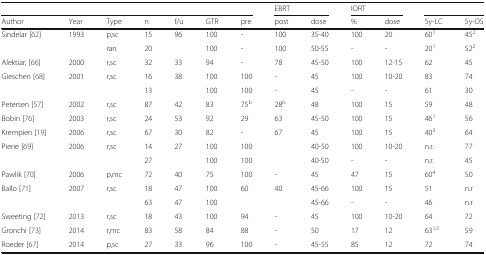
<table><thead><tr><td colspan="7"></td><td colspan="2"><b>EBRT</b></td><td colspan="2"><b>IORT</b></td><td colspan="2"></td></tr><tr><td><b>Author</b></td><td><b>Year</b></td><td><b>Type</b></td><td><b>n</b></td><td><b>f/u</b></td><td><b>GTR</b></td><td><b>pre</b></td><td><b>post</b></td><td><b>dose</b></td><td><b>%</b></td><td><b>dose</b></td><td><b>5y-LC</b></td><td><b>5y-OS</b></td></tr></thead><tbody><tr><td>Sindelar [62]</td><td>1993</td><td>p,sc</td><td>15</td><td rowspan="2">96</td><td>100</td><td>-</td><td>100</td><td>35-40</td><td>100</td><td>20</td><td>60<sup>1</sup></td><td>45<sup>2</sup></td></tr><tr><td></td><td></td><td>ran</td><td>20</td><td>100</td><td>-</td><td>100</td><td>50-55</td><td>-</td><td>-</td><td>20<sup>1</sup></td><td>52<sup>2</sup></td></tr><tr><td>Alektiar, [66]</td><td>2000</td><td>r,sc</td><td>32</td><td>33</td><td>94</td><td>-</td><td>78</td><td>45-50</td><td>100</td><td>12-15</td><td>62</td><td>45</td></tr><tr><td>Gieschen [68]</td><td>2001</td><td>r,sc</td><td>16</td><td rowspan="2">38</td><td>100</td><td>100</td><td>-</td><td>45</td><td>100</td><td>10-20</td><td>83</td><td>74</td></tr><tr><td></td><td></td><td></td><td>13</td><td>100</td><td>100</td><td>-</td><td>45</td><td>-</td><td>-</td><td>61</td><td>30</td></tr><tr><td>Petersen [57]</td><td>2002</td><td>r,sc</td><td>87</td><td>42</td><td>83</td><td>75<sup>b</sup></td><td>28<sup>b</sup></td><td>48</td><td>100</td><td>15</td><td>59</td><td>48</td></tr><tr><td>Bobin [76]</td><td>2003</td><td>r,sc</td><td>24</td><td>53</td><td>92</td><td>29</td><td>63</td><td>45-50</td><td>100</td><td>15</td><td>46<sup>1</sup></td><td>56</td></tr><tr><td>Krempien [19]</td><td>2006</td><td>r,sc</td><td>67</td><td>30</td><td>82</td><td>-</td><td>67</td><td>45</td><td>100</td><td>15</td><td>40<sup>3</sup></td><td>64</td></tr><tr><td>Pierie [69]</td><td>2006</td><td>r,sc</td><td>14</td><td rowspan="2">27</td><td>100</td><td colspan="2">100</td><td>40-50</td><td>100</td><td>10-20</td><td>n.r.</td><td>77</td></tr><tr><td></td><td></td><td></td><td>27</td><td>100</td><td colspan="2">100</td><td>40-50</td><td>-</td><td>-</td><td>n.r.</td><td>45</td></tr><tr><td>Pawlik [70]</td><td>2006</td><td>p,mc</td><td>72</td><td>40</td><td>75</td><td>100</td><td>-</td><td>45</td><td>47</td><td>15</td><td>60<sup>4</sup></td><td>50</td></tr><tr><td>Ballo [71]</td><td>2007</td><td>r,sc</td><td>18</td><td>47</td><td>100</td><td rowspan="2">60</td><td rowspan="2">40</td><td>45-66</td><td>100</td><td>15</td><td>51</td><td>n.r</td></tr><tr><td></td><td></td><td></td><td>63</td><td>47</td><td>100</td><td>45-66</td><td>-</td><td>-</td><td>46</td><td>n.r</td></tr><tr><td>Sweeting [72]</td><td>2013</td><td>r,sc</td><td>18</td><td>43</td><td>100</td><td>94</td><td>-</td><td>45</td><td>100</td><td>10-20</td><td>64</td><td>72</td></tr><tr><td>Gronchi [73]</td><td>2014</td><td>r,mc</td><td>83</td><td>58</td><td>84</td><td>88</td><td>-</td><td>50</td><td>17</td><td>12</td><td>63<sup>1,5</sup></td><td>59</td></tr><tr><td>Roeder [67]</td><td>2014</td><td>p,sc</td><td>27</td><td>33</td><td>96</td><td>100</td><td>-</td><td>45-55</td><td>85</td><td>12</td><td>72</td><td>74</td></tr></tbody></table>